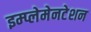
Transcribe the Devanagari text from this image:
इम्प्लेमेनटेशन